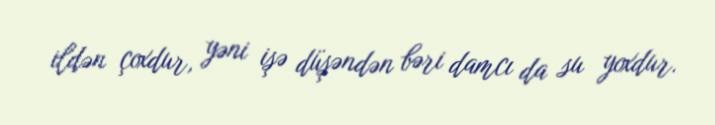
ildən çoxdur, yəni işə düşəndən bəri damcı da su yoxdur.